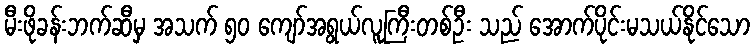
မီးဖိုခန်းဘက်ဆီမှ အသက် ၅၀ ကျော်အရွယ်လူကြီးတစ်ဦး သည် အောက်ပိုင်းမသယ်နိုင်သော